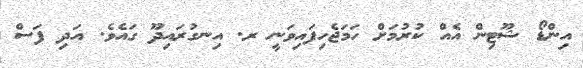
އިންޑޯ ޝޫޓިން އެއް ކުރުމަށް ހަމަޖެހިފައިވަނީ ރ. އިނގުރައިދޫ ގައެވެ. އަދި ފަސް